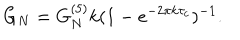
G _ { N } = G _ { N } ^ { ( 5 ) } k ( 1 - e ^ { - 2 \pi k \tau _ { c } } ) ^ { - 1 } .